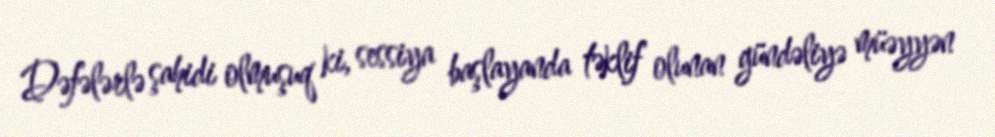
Dəfələrlə şahidi olmuşuq ki, sessiya başlayanda təklif olunan gündəliyə müəyyən